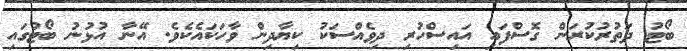
ބޯޓު ދަތުރުކުރަން ގޮސްފައި އައިސްހުރި ދިވެއްސަކު ކިޔާދިން ވާހަކައެކެވެ. އޭނާ އުޅުނު ބޯޓުގައި